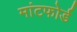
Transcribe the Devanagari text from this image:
मांटफोर्ड